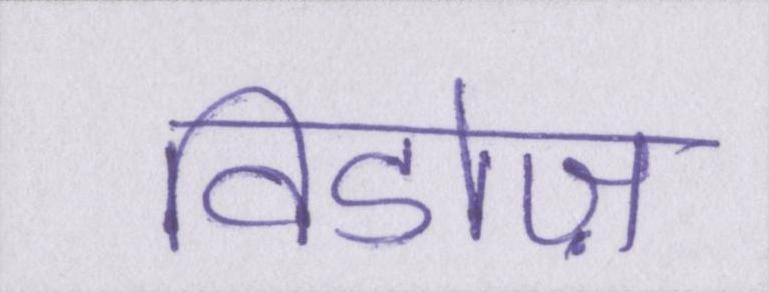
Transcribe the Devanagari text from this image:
विडोज़